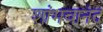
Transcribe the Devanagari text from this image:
शांभवानंद